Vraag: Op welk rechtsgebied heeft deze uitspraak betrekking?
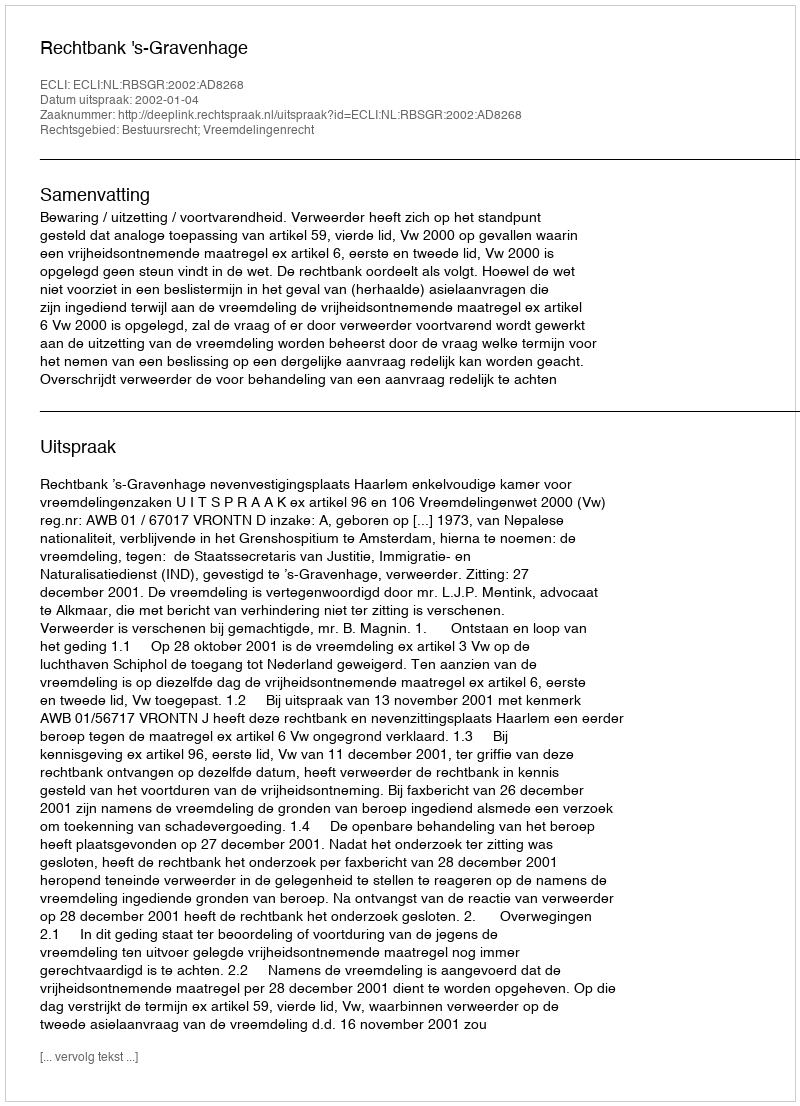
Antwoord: Bestuursrecht; Vreemdelingenrecht